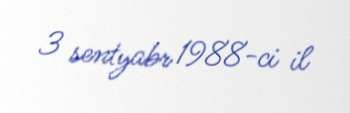
3 sentyabr 1988-ci il